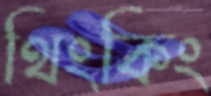
থিংকিং